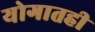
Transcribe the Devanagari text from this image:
योगातही